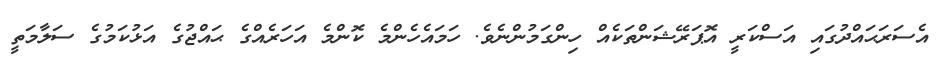
އެސަރަޙައްދުގައި އަސްކަރީ އޮޕަރޭޝަންތަކެއް ހިންގަމުންނެވެ. ހަމައެހެންމެ ކޮންމެ އަހަރެއްގެ ޙައްޖުގެ އަޅުކަމުގެ ސަލާމަތީ